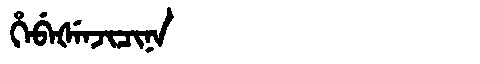
Manchu: ᡥᡝᠪᡝᡧᡝᠨᠵᡳᠴᡳᠨᠠ
Romanization: HEBEŠENJICINA